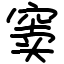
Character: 窦